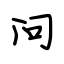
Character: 问